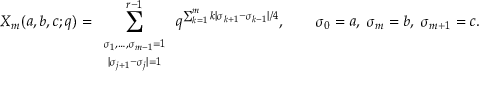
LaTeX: X _ { m } ( a , b , c ; q ) = \sum _ { \begin{array} { c } { { \scriptstyle \sigma _ { 1 } , \ldots , \sigma _ { m - 1 } = 1 } } \\ { { \scriptstyle | \sigma _ { j + 1 } - \sigma _ { j } | = 1 } } \end{array} } ^ { r - 1 } q ^ { \sum _ { k = 1 } ^ { m } k | \sigma _ { k + 1 } - \sigma _ { k - 1 } | / 4 } , \qquad \sigma _ { 0 } = a , \; \sigma _ { m } = b , \; \sigma _ { m + 1 } = c .